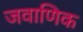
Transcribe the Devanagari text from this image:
जवाणिक